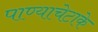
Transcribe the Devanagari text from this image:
पाण्याचेटाके